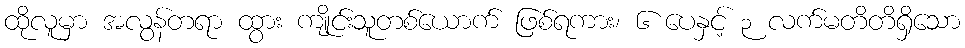
ထိုလူမှာ အလွန်တရာ ထွား ကျိုင်းသူတစ်ယောက် ဖြစ်ရကား၊ ၆ ပေနှင့် ၃ လက်မတိတိရှိသော